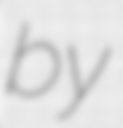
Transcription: by